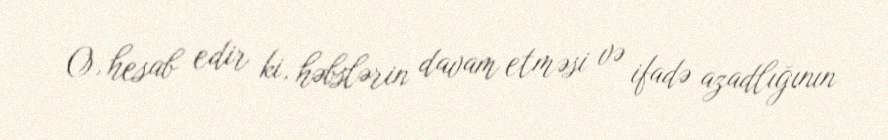
O, hesab edir ki, həbslərin davam etməsi və ifadə azadlığının